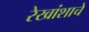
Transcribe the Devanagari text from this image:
रेखांशाचे